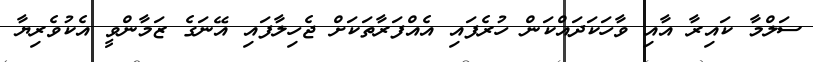
ސަލްމާ ކައިރާ އާއި ވާހަކަދައްކަން ހުރެފައި އެއްފަރާތަކަށް ޖެހިލާފައި އޭނަގެ ޒަމާންވީ އެކުވެރިޔާ